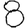
Digit: 8